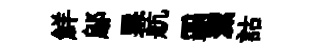
鮮鄔栗航覇潔詁